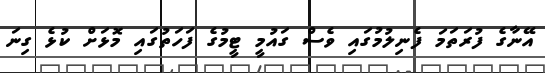
އޭނާގެ ފުރަތަމަ ފެނިލުމުގައި ވެސް ގައުމީ ޓީމުގެ ފަހަތުގައި މޮޅަށް ކުޅެ ގިނަ